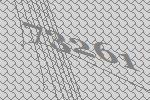
73261